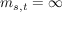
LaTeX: m _ { s , t } = \infty